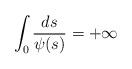
LaTeX: \begin{align*}\int_0 \frac{ds}{\psi(s)} =+\infty\end{align*}